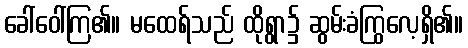
ခေါ်ဝေါ်ကြ၏။ မထေရ်သည် ထိုရွာ၌ ဆွမ်းခံကြွလေ့ရှိ၏။